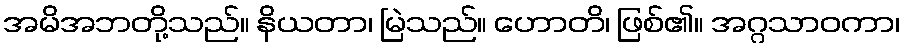
အမိအဘတို့သည်။ နိယတာ၊ မြဲသည်။ ဟောတိ၊ ဖြစ်၏။ အဂ္ဂသာဝကာ၊